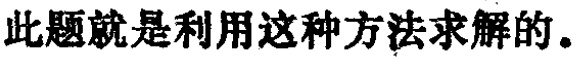
此题就是利用这种方法求解的。